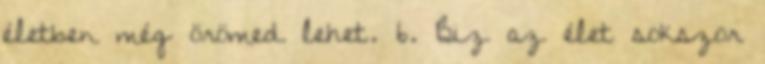
életben még örömed lehet. 6. Biz az élet sokszor